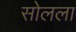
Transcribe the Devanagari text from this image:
सोलला